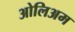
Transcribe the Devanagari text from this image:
ओलिअम